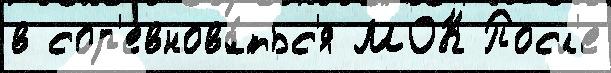
в сор'евнова́тьс'я МОК Посл'е